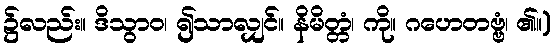
၌လည်း။ ဒိသွာဝ၊ ၍သာလျှင်။ နိမိတ္တံ၊ ကို။ ဂဟေတဗ္ဗံ၊ ၏။)